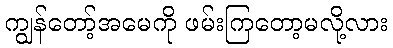
ကျွန်တော့်အမေကို ဖမ်းကြတော့မလို့လား